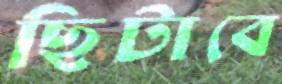
ছিটাবে